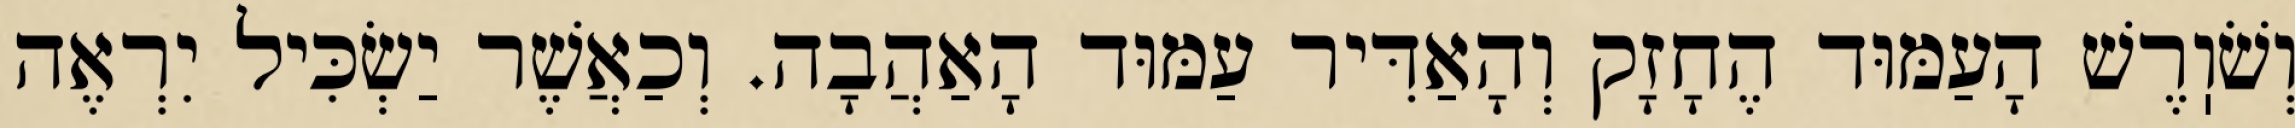
וְשֹׁוֽרֶשׁ הָעַמּוּד הֶחָזָק וְהָאַדִּיר עַמּוּד הָאַהֲבָה. וְכַאֲשֶׁר יַשְׂכִּיל יִרְאֶה